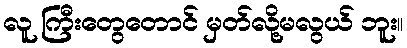
လူ ကြီးတွေတောင် မှတ်လို့မလွယ် ဘူး။